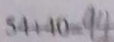
5 4 + 4 0 = 9 4